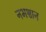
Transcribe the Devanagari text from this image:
नभश्वान